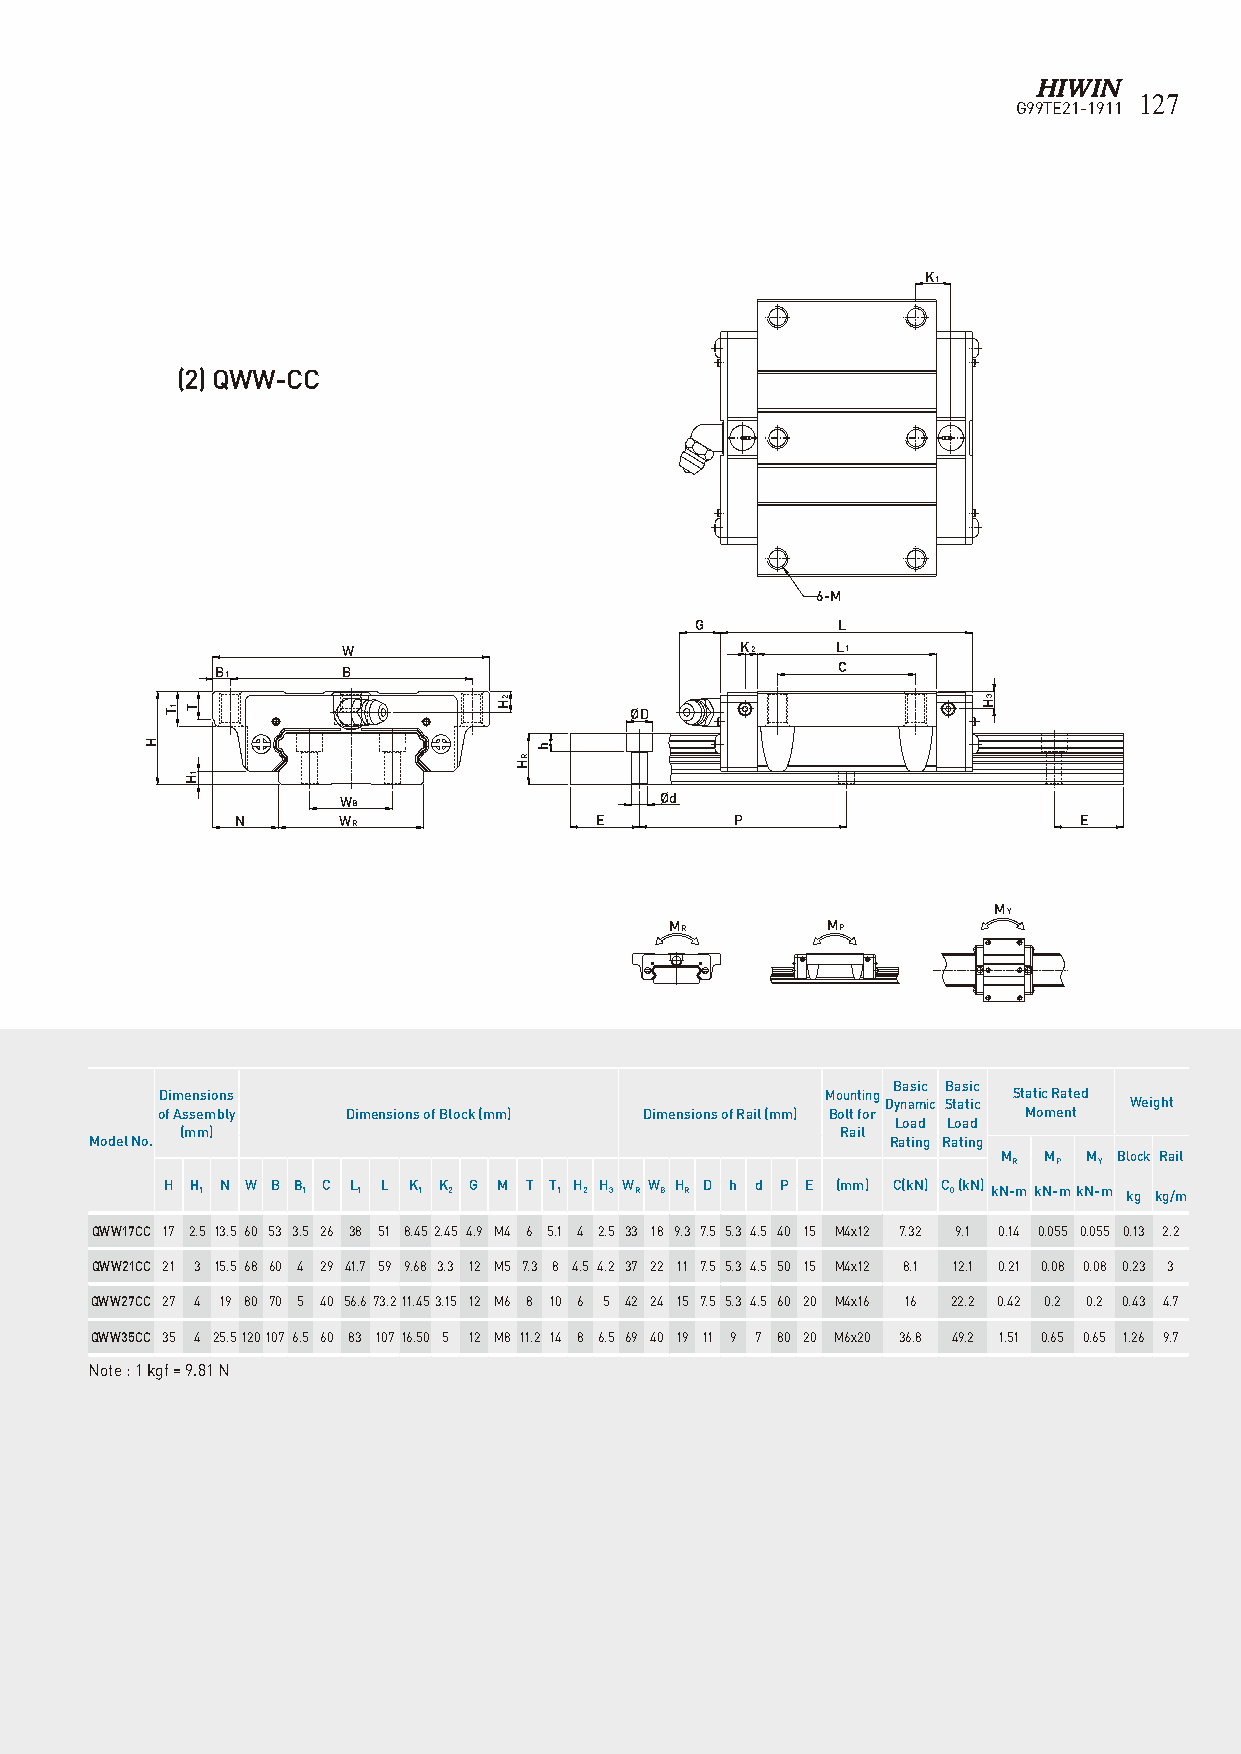
K1
 6-Mxl
 G         L
 W                      K2     L1
 B1    B                             C
 ØD
 WB                Ød
 N     WR            E        P                      E
 MR        MP
 MY
 127
 G99TE21-1911
 K1
 (2) QWW-CC
 6-M
 G        L
 W                         K2    L1
 B1       B                               C
 ØD
 WB                    Ød
 N     WR               E         P                     E
 MY
 MR         MP
 Basic Basic
 Dimensions                                  Mounting    Static Rated
 Dynamic Static  Weight
 of Assembly  Dimensions of Block (mm) Dimensions of Rail (mm) Bolt for Moment
 Load Load
 (mm)                                        Rail
 Model No.                                            Rating Rating
 M  M  M Block Rail
 R  P  Y
 H H 1 N W B B 1 C L 1 L K 1 K 2 G M T T 1 H 2 H 3 W R W B H R D h d P E (mm) C(kN) C 0 (kN) kN-m kN-mkN-m kg kg/m
 QWW17CC 17 2.5 13.5 60 53 3.5 26 38 51 8.45 2.45 4.9 M4 6 5.1 4 2.5 33 18 9.3 7.5 5.3 4.5 40 15 M4x12 7.32 9.1 0.14 0.055 0.055 0.13 2.2
 QWW21CC 21 3 15.5 68 60 4 29 41.7 59 9.68 3.3 12 M5 7.3 8 4.5 4.2 37 22 11 7.5 5.3 4.5 50 15 M4x12 8.1 12.1 0.21 0.08 0.08 0.23 3
 QWW27CC 27 4 19 80 70 5 40 56.673.211.453.15 12 M6 8 10 6 5 42 24 15 7.5 5.3 4.5 60 20 M4x16 16 22.2 0.42 0.2 0.2 0.43 4.7
 QWW35CC 35 4 25.5120107 6.5 60 83 107 16.50 5 12 M8 11.2 14 8 6.5 69 40 19 11 9 7 80 20 M6x20 36.8 49.2 1.51 0.65 0.65 1.26 9.7
 Note : 1 kgf = 9.81 N
 H
 1T T
 1H
 H
 T
 1H
 2H
 2H
 RH
 RH
 h
 h
 3H
 3H